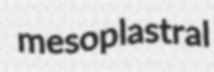
mesoplastral